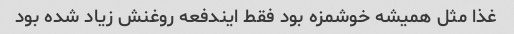
غذا مثل همیشه خوشمزه بود فقط ایندفعه روغنش زیاد شده بود